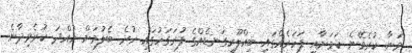
މަނާ ކުރެވޭނެ ކަމަށާއި ފަހަރެއްގައި ބިއްލޫރިގަނޑެއްގެ ފުރަގަހުގައި ހުރެ ބެލުމަށް ހުއްދަ ކުރެވިދާނެ